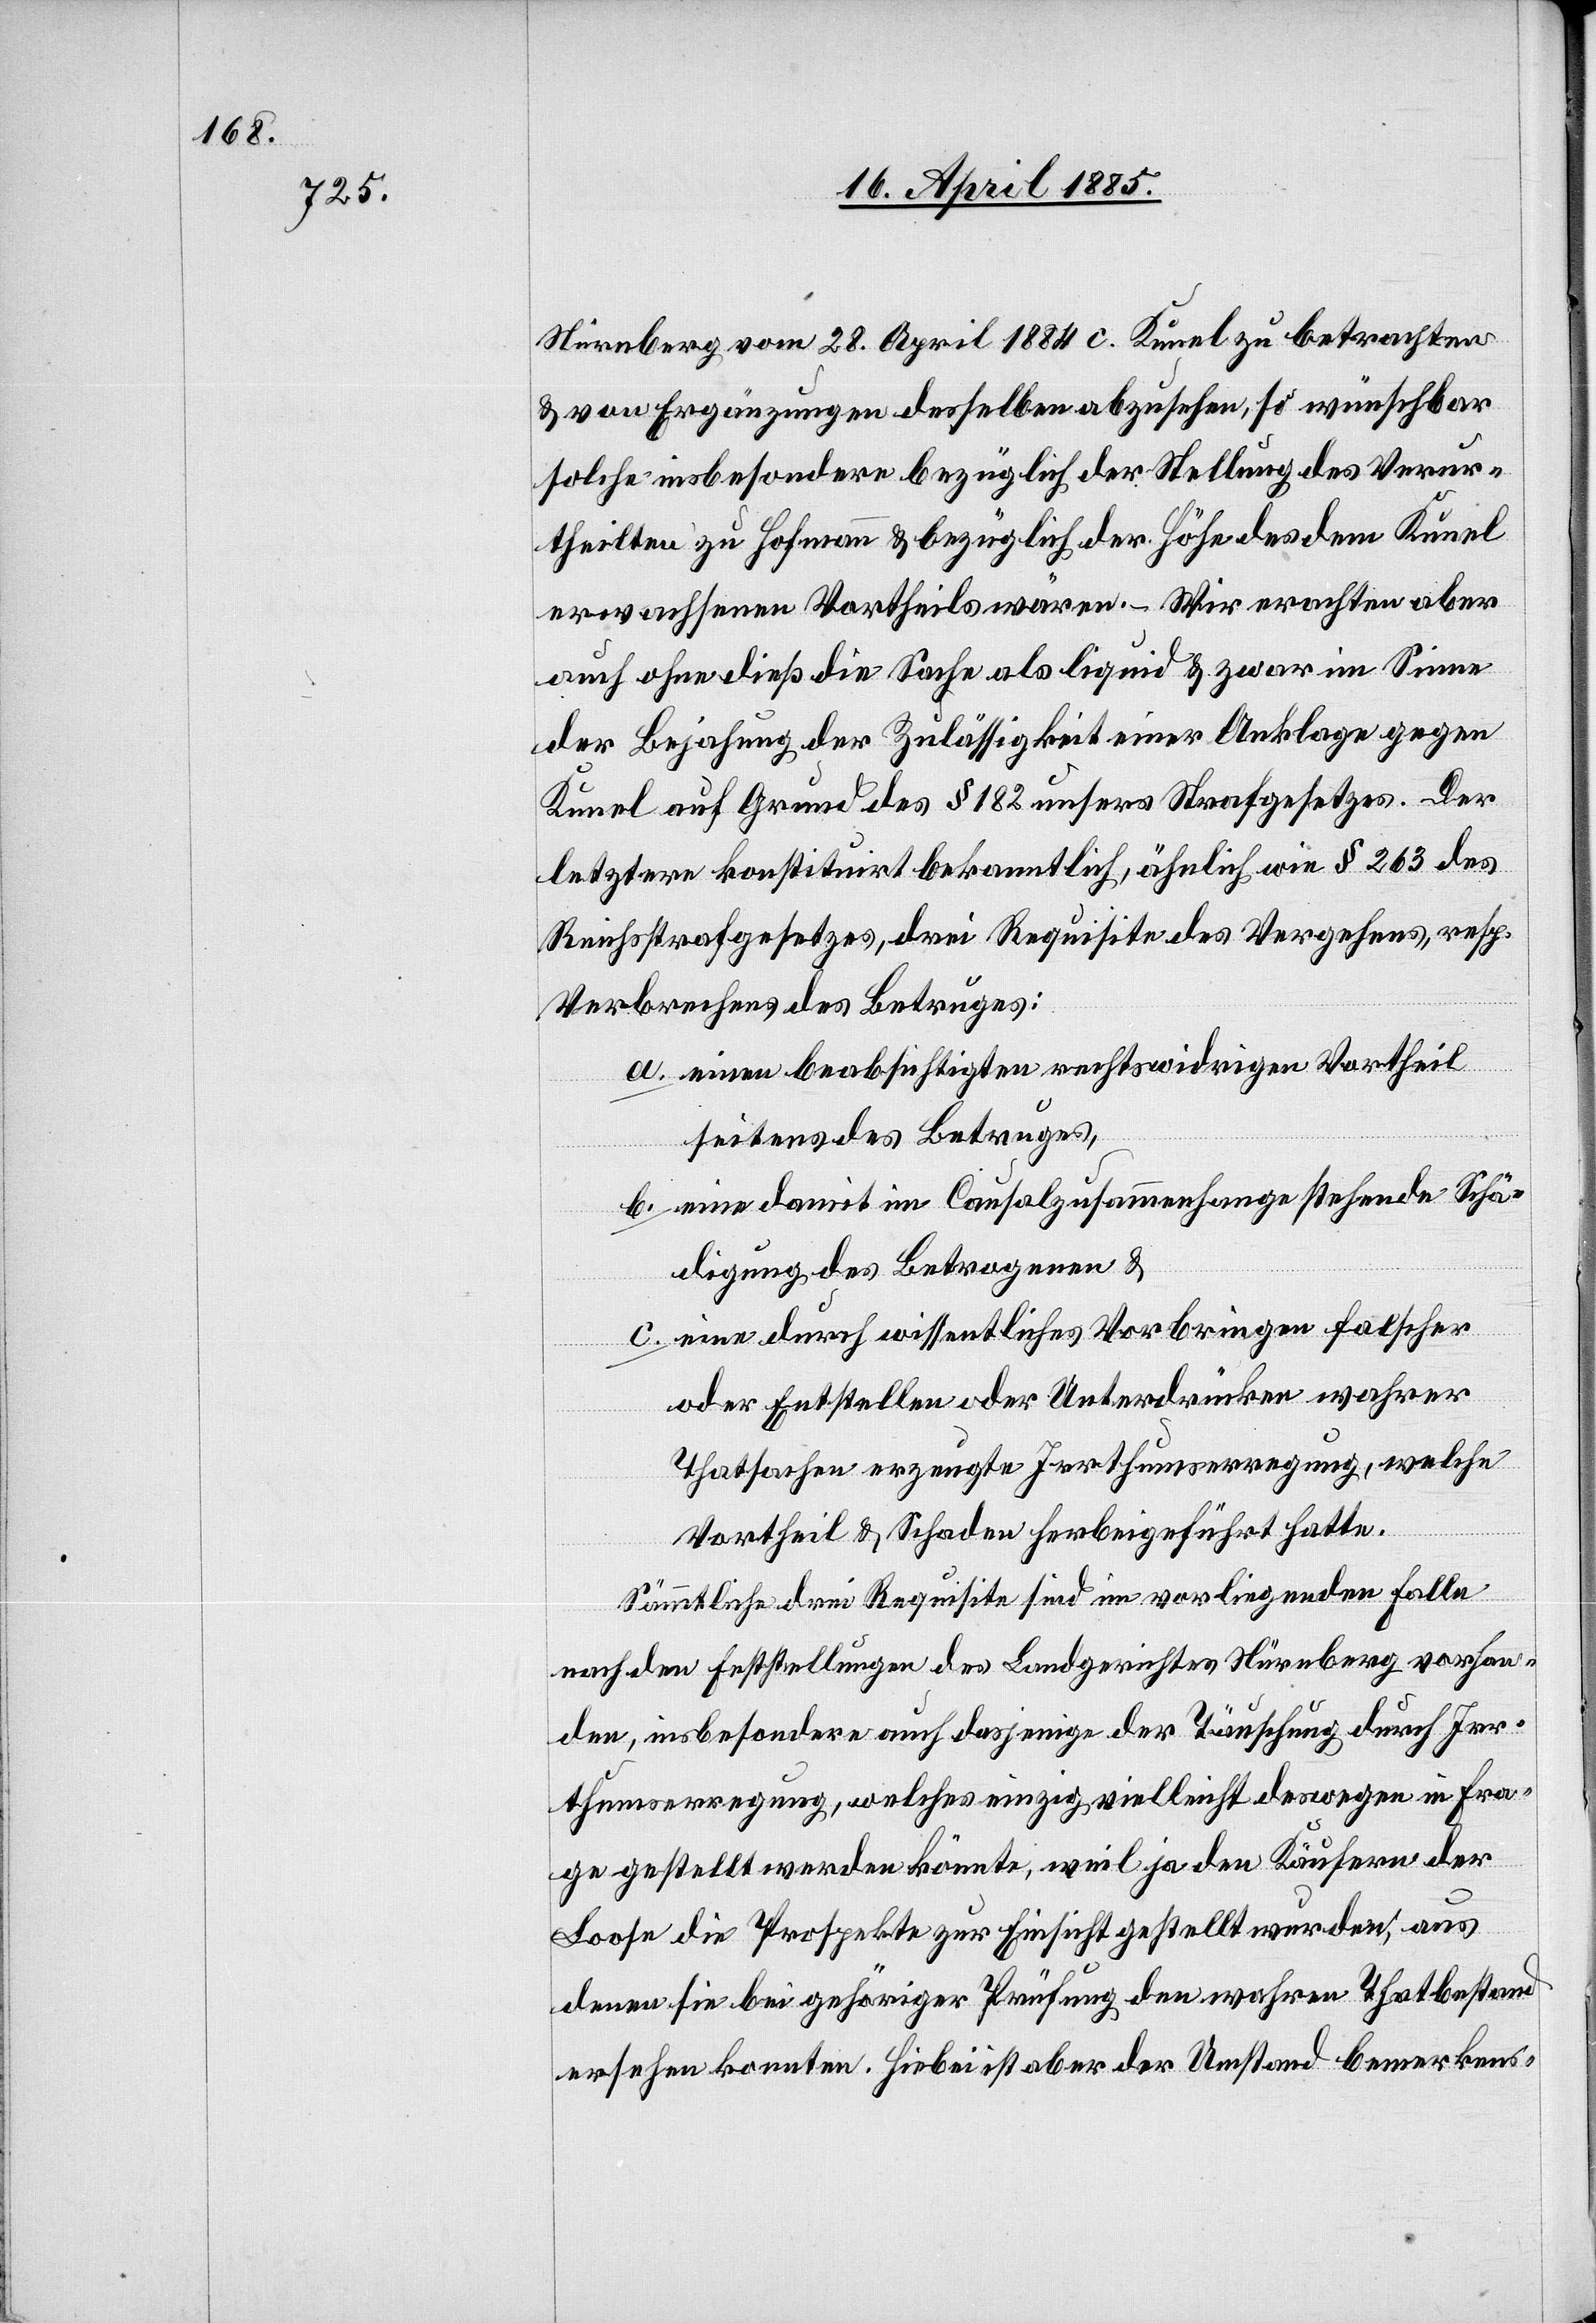
Nürnberg vom 28. April 1884 c. Kunel zu betrachten
& von Ergänzungen desselben abzusehen, so wünschbar
solche insbesondere bezüglich der Höhe des dem
erwachsenen Vortheils wären. – Wir erachten aber
auch ohne dieß die Sache als liquid & zwar im Sinne
der Bejahung der Zulässigkeit einer Anklage gegen
Kunel auf Grund des § 182 unseres Strafgesetzes. Der
letztere konstituirt bekanntlich, ähnlich wie § 263 des
Reichsstrafgesetzes, drei Requisite des Vergehens, resp.
Verbrechens des Betruges:
a. einen beabsichtigten rechtswidrigen Vortheil
seitens des Betruges,
b. eine damit im Causalzusammenhange stehende Schä¬
digung des Betrogenen &
c. eine durch wissentliches Vorbringen falscher
oder Entstellen oder Unterdrücken wahrer
Thatsachen erzeugte Irrthumserregung, welche
Vortheil & Schaden herbeigeführt hatte.
Sämmtliche drei Requisite sind im vorliegenden Falle
nach den Feststellungen des Landgerichtes Nürnberg vorhan¬
den, insbesondere auch dasjenige der Täuschung durch Irr¬
thumserregung, welches einzig vielleicht deswegen in Fra¬
ge gestellt werden könnte, weil ja den Käufern der
Loose die Prospekte zur Einsicht gestellt wurden, aus
denen sie bei gehöriger Prüfung den wahren Thatbestand
ersehen konnten. Hiebei ist aber der Umstand bemerkens-